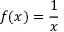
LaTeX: f ( x ) = { \frac { 1 } { x } }